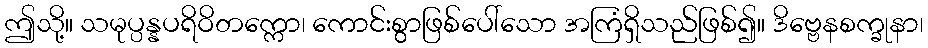
ဤသို့။ သမုပ္ပန္နပရိဝိတက္ကော၊ ကောင်းစွာဖြစ်ပေါ်သော အကြံရှိသည်ဖြစ်၍။ ဒိဗ္ဗေနစက္ခုနာ၊